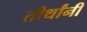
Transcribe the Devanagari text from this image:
तीर्थांनी